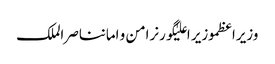
وزیراعظموزیر اعلیٰگورنرامن و امانناصر الملک